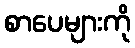
စာပေများကို